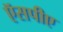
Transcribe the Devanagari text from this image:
ऍसपीए